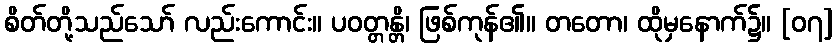
စိတ်တို့သည်သော် လည်းကောင်း။ ပဝတ္တန္တိ၊ ဖြစ်ကုန်၏။ တတော၊ ထိုမှနောက်၌။ [၀၇]